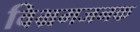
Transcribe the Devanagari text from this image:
विभ्रमजनक